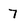
Character: 7